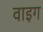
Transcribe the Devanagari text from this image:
वाइग